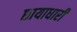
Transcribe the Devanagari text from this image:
छायाधारी